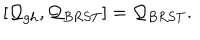
LaTeX: [ { \cal Q } _ { g h } , { \cal Q } _ { B R S T } ] = { \cal Q } _ { B R S T } .